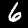
Digit: 6